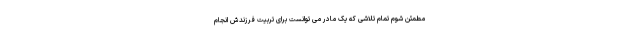
مطمئن شوم تمام تلاشی که یک مادر می توانست برای تربیت فرزندش انجام